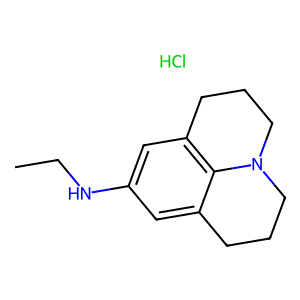
SMILES: CCNc1cc2c3c(c1)CCCN3CCC2.Cl
Inhibits HIV replication: No